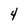
Character: 4